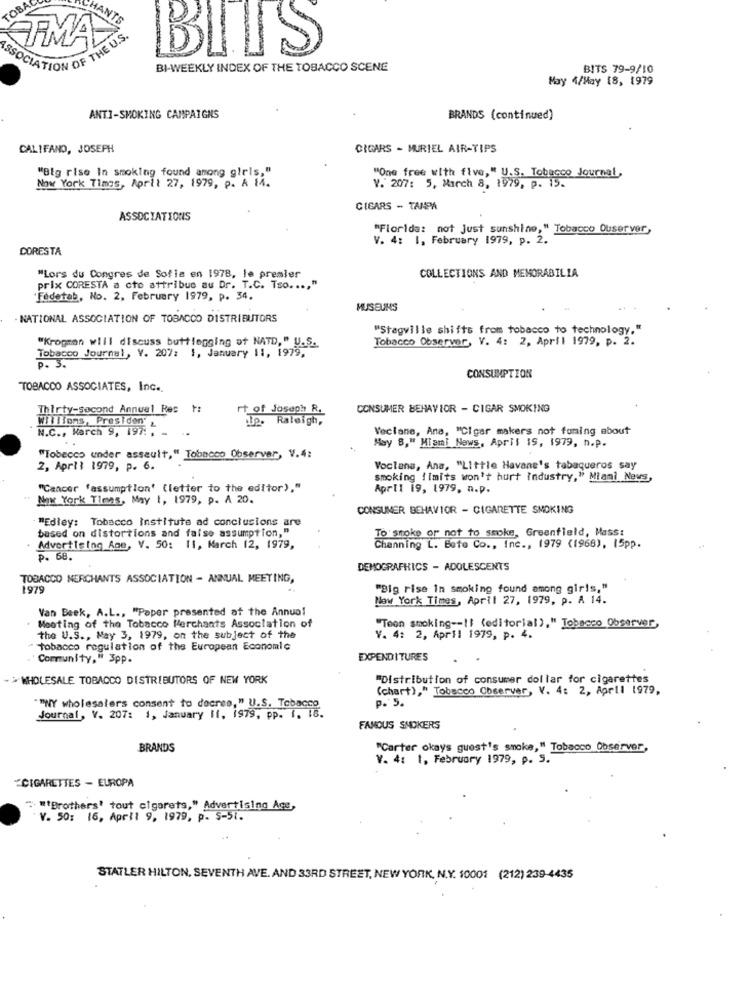
TOBA
FMA
BILLS
ASSOCIATION OF THE U.S.
BI-WEEKLY INDEX OF THE TOBACCO SCENE
BITS 79-9/10
May 4/May 18, 1979
ANTI-SMOKING CAMPAIGNS
BRANDS (continued)
CALIFANO, JOSEPH
CIGARS - MURIEL AIR-TIPS
"Big rise In smoking found among girls,"
"One free with five, " U.S. Tobacco Journal,
V. 207: 5, March 8, 1979, p. 15.
Now York Times, April 27, 1979, p. A 14.
CIGARS - TAMPA
ASSOCIATIONS
"Florida: not Just sunshine," Tobacco Ouserver,
V. 4: 1, February 1979, p. 2.
CORESTA
"Lors du Congres de Sofis en 1978, le premier
COLLECTIONS AND MEMORABILIA
prix CORESTA a cto attribue au Dr. T.C. Tso ..., "
Fedetab, No. 2. February 1979, p. 34.
MUSEUMS
NATIONAL ASSOCIATION OF TOBACCO DISTRIBUTORS
"Stagville shifts from tobacco to technology,"
"Krogmon will discuss buttlegging at NATD," U.S.
Tobacco Observer, V. 4: 2, April 1979, p. 2.
Tobacco Journal, V. 207: 1, January 11, 1979,
P . 3 .
CONSUMPTION
TOBACCO ASSOCIATES, Inc.
Thirty-Second Annual Res 1:
CONSUMER BEHAVIOR - CIGAR SMOKING
Joseph R.
Raleigh,
Willions, Presiden &
N.C ., March 9, 197: _
Veclane, Ane, "Cigar makers not fuming about
May 8," Miami News, April IS, 1979, n.p.
"Tobacco under assault," Tobacco Observer, V.4:
2, April 1979, p. 6.
Voclana, Ana, "Little Havane's tabaqueros say
smoking {imits won't hurt industry," Miami News,
"Cancer 'assumption' (letter to the editor),"
April 19, 1979, n.p.
New York Times, May 1, 1979, p. A 20.
CONSUMER BEHAVIOR - CIGARETTE SMOKING
"Edley: Tobacco Institute ad conclusions are
based on distortions and false assumption,"
To smoke or not to smoke, Greenfield, Mass:
Advertising Age, V. 50: 11, March 12, 1979,
Channing L. Bete Co ., Inc ., 1979 (1968), 15pp.
p. 68.
DEMOGRAPHICS - ADOLESCENTS
TOBACCO MERCHANTS ASSOCIATION - ANNUAL MEETING,
1979
"Big rise in smoking found among giris,"
New York Times, April 27, 1979, p. A 14.
Van Beek, A.L ., "Paper presented at the Annual
. Meeting of the Tobacco Merchants Association of
"Toon smoking --!! (editorial)," Tobacco Observer,
the U.S ., May 3, 1979, on the subject of the
Y. 4: 2, April 1979, p. 4.
tobacco regulation of the European Economic
Community," 3pp.
EXPENDITURES
WHOLESALE TOBACCO DISTRIBUTORS OF NEW YORK
"Distribution of consumer dollar for cigarettes
(chart)," Tobacco Observer, V. 4: 2, April 1979,
p. 5.
""NY wholesalers consent to decres," U.S. Tobacco
Journal, V. 207: 1, January Il, 1979, pp. I. 16.
FAMOUS SMOKERS
BRANDS
"Carter okays guest's smoke," Tobacco Observer,
V. 4: 1, February 1979, p. S.
*CIGARETTES - EUROPA
" "Brothers' tout cigarets," Advertising Age,
V. 50: 16, April 9, 1979, p. S-51.
STATLER HILTON, SEVENTH AVE. AND 33RD STREET, NEW YORK, N.Y. 10001 (212) 239-4435